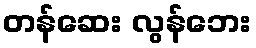
တန်ဆေး လွန်ဘေး